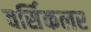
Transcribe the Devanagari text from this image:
वर्सिकलर